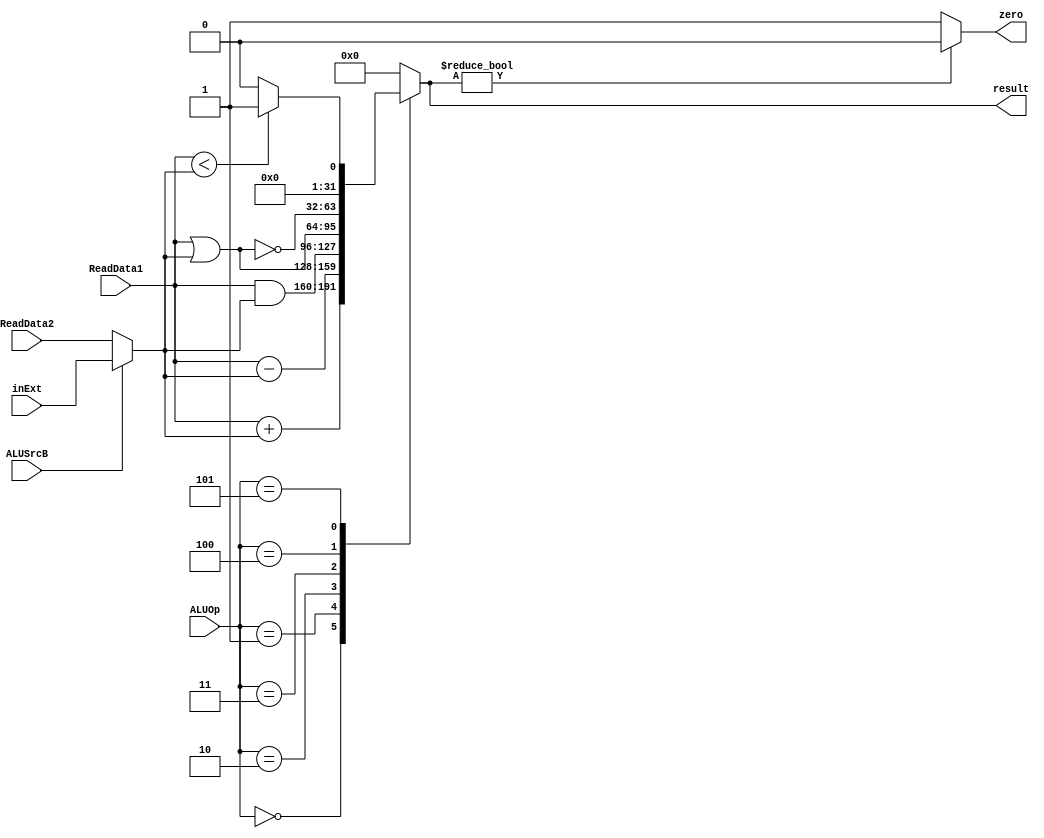
`timescale 1ns / 1ps

module ALU(input [31:0] ReadData1, ReadData2, inExt,
           input ALUSrcB,
			  input [2:0] ALUOp,
			  output wire zero,
			  output reg [31:0] result);
	 
	 initial begin
        result = 0;
    end
 
    wire [31:0] B;
	 assign B = ALUSrcB? inExt : ReadData2;
	 assign zero = (result? 0 : 1);
	 
	 always @(ReadData1 or ReadData2 or B or ALUOp) begin
        case(ALUOp)
            3'b000: result = ReadData1 + B;  // A + B
            3'b001: result = ReadData1 - B;  // A - B
				3'b010: result = ReadData1 & B; // 
				3'b011: result = ReadData1 | B; // 
				3'b100: result = ~(ReadData1 | B); // 
            3'b101: result = (ReadData1 < B ? 1 : 0);  // AB
        default: result = 0;
    endcase
  end
	 
endmodule